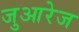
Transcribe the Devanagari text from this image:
जुआरेज